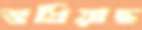
শুধিয়াছ